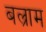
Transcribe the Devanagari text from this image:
बल्राम